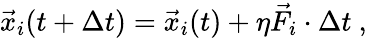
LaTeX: \vec{x}_{i}(t+\Delta t)=\vec{x}_{i}(t)+\eta\vec{F}_{i}\cdot\Delta t\ ,